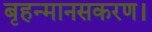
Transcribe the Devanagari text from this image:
बृहन्मानसकरण।